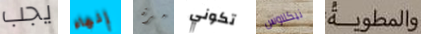
يجب إنهاء مرة تكوني نيكلاوس والمطوية